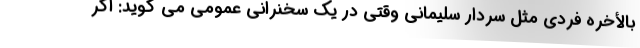
بالأخره فردی مثل سردار سلیمانی وقتی در یک سخنرانی عمومی می گوید: اگر